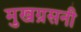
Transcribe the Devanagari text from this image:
मुखग्रसनी